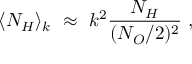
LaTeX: \langle N _ { H } \rangle _ { k } ~ \approx ~ k ^ { 2 } \frac { N _ { H } } { ( N _ { O } / 2 ) ^ { 2 } } ~ ,